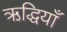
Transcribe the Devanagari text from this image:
ऋद्धियाँ